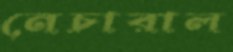
নেচারাল